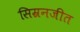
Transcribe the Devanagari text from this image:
सिम्रनजीत